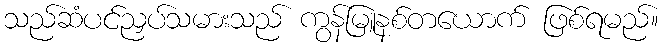
သည်ဆံပင်ညှပ်သမားသည် ကွန်မြူနစ်တယောက် ဖြစ်ရမည်။